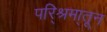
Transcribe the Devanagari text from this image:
परि्श्रमा्तून